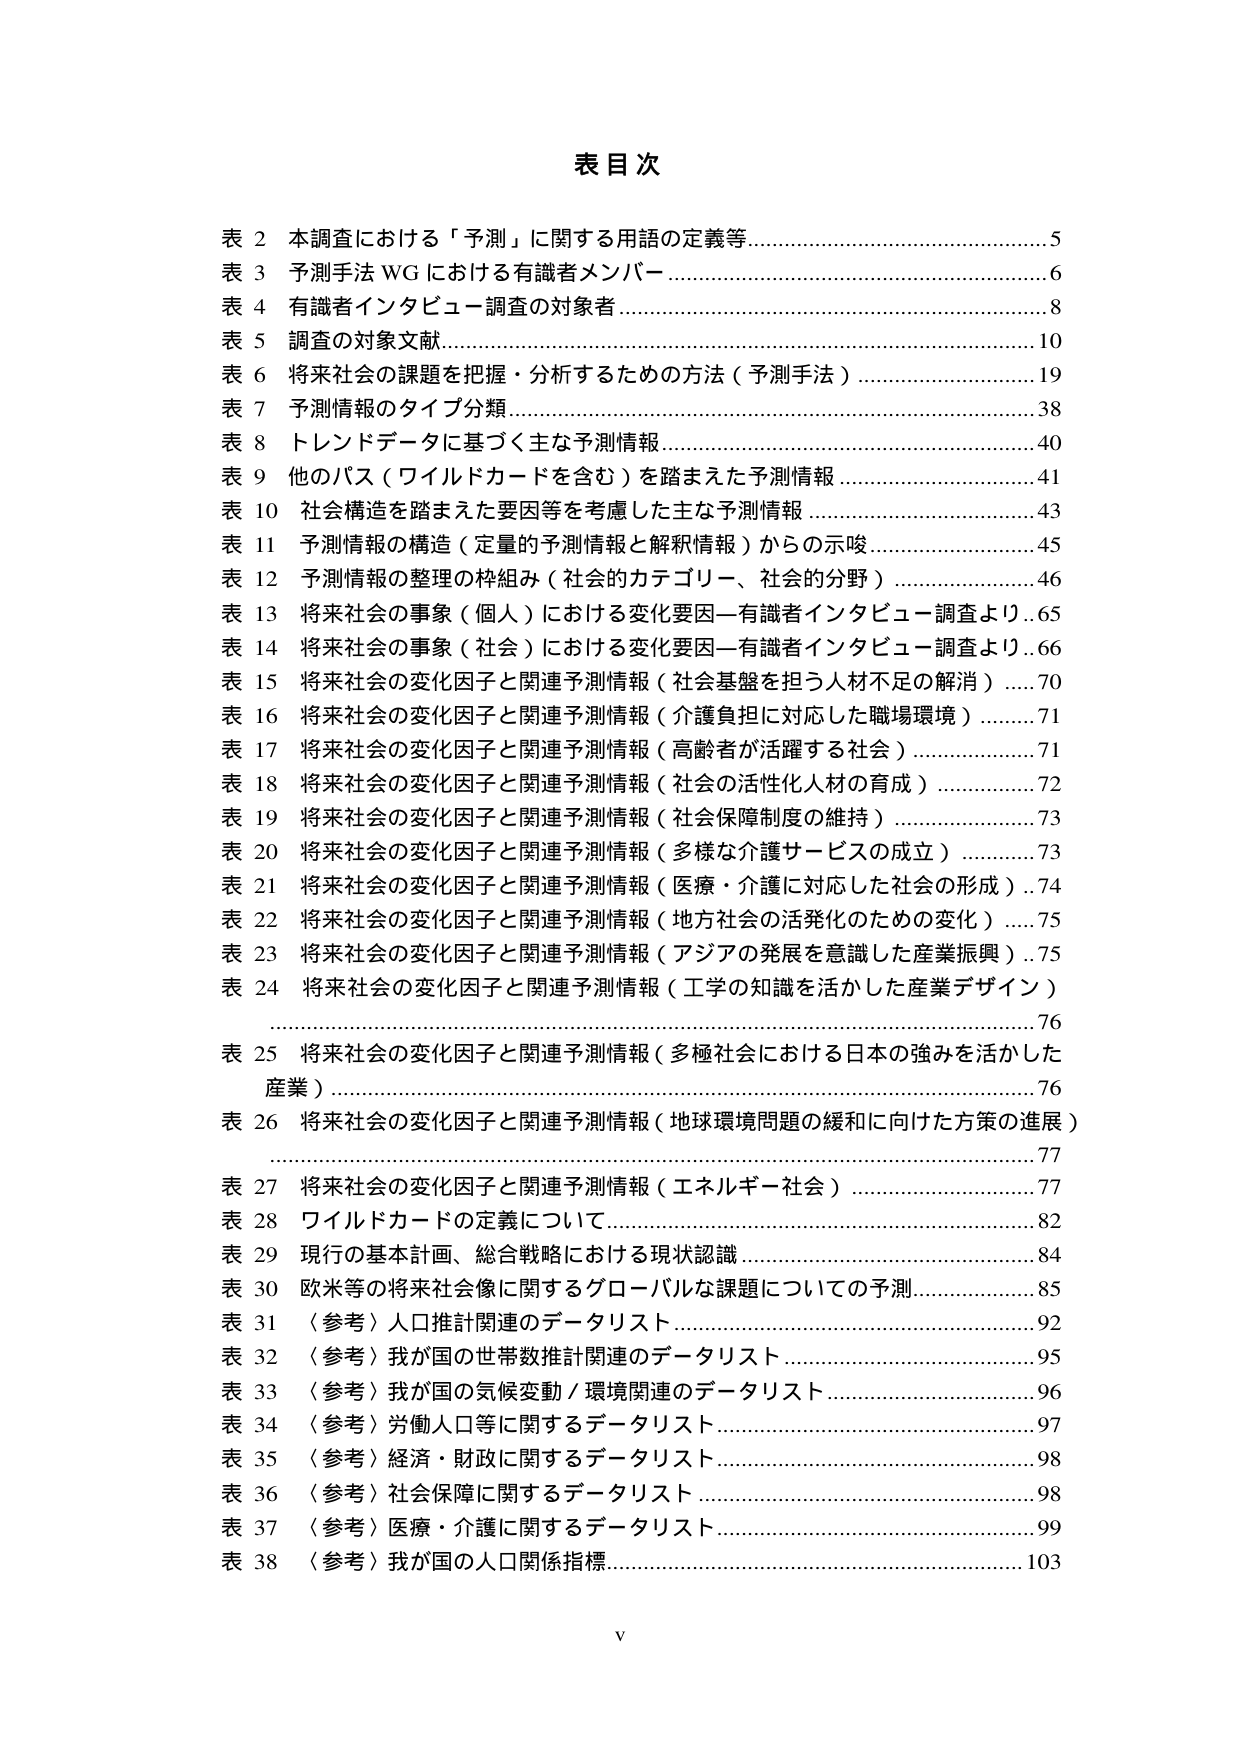
表目次

表 2 本調査における「予測」に関する用語の定義等……………………………………5
表 3 予測手法 WG における有識者メンバー……………………………………………6
表 4 有識者インタビュー調査の対象者…………………………………………………8
表 5 調査の対象文献……………………………………………………………………10
表 6 将来社会の課題を把握・分析するための方法（予測手法）……………………19
表 7 予測情報のタイプ分類……………………………………………………………38
表 8 トレンドデータに基づく主な予測情報…………………………………………40
表 9 他のパス（ワイルドカードを含む）を踏まえた予測情報………………………41
表 10 社会構造を踏まえた要因等を考慮した主な予測情報…………………………43
表 11 予測情報の構造（定量的予測情報と解釈情報）からの示唆…………………45
表 12 予測情報の整理の枠組み（社会的カテゴリー、社会的分野）………………46
表 13 将来社会の事象（個人）における変化要因—有識者インタビュー調査より…65
表 14 将来社会の事象（社会）における変化要因—有識者インタビュー調査より…66
表 15 将来社会の変化因子と関連予測情報（社会基盤を担う人材不足の解消）……70
表 16 将来社会の変化因子と関連予測情報（介護負担に対応した職場環境）………71
表 17 将来社会の変化因子と関連予測情報（高齢者が活躍する社会）……………71
表 18 将来社会の変化因子と関連予測情報（社会の活性化人材の育成）…………72
表 19 将来社会の変化因子と関連予測情報（社会保障制度の維持）………………73
表 20 将来社会の変化因子と関連予測情報（多様な介護サービスの成立）…………73
表 21 将来社会の変化因子と関連予測情報（医療・介護に対応した社会の形成）…74
表 22 将来社会の変化因子と関連予測情報（地方社会の活発化のための変化）……75
表 23 将来社会の変化因子と関連予測情報（アジアの発展を意識した産業振興）…75
表 24 将来社会の変化因子と関連予測情報（工学の知識を活かした産業デザイン）
…………………………………………………………………………………………76
表 25 将来社会の変化因子と関連予測情報（多極社会における日本の強みを活かした
産業）…………………………………………………………………………………76
表 26 将来社会の変化因子と関連予測情報（地球環境問題の緩和に向けた方策の進展）
…………………………………………………………………………………………77
表 27 将来社会の変化因子と関連予測情報（エネルギー社会）……………………77
表 28 ワイルドカードの定義について…………………………………………………82
表 29 現行の基本計画、総合戦略における現状認識…………………………………84
表 30 欧米等の将来社会像に関するグローバルな課題についての予測………………85
表 31 〈参考〉人口推計関連のデータリスト…………………………………………92
表 32 〈参考〉我が国の世帯数推計関連のデータリスト……………………………95
表 33 〈参考〉我が国の気候変動／環境関連のデータリスト………………………96
表 34 〈参考〉労働人口等に関するデータリスト……………………………………97
表 35 〈参考〉経済・財政に関するデータリスト……………………………………98
表 36 〈参考〉社会保障に関するデータリスト………………………………………98
表 37 〈参考〉医療・介護に関するデータリスト……………………………………99
表 38 〈参考〉我が国の人口関係指標…………………………………………………103

V